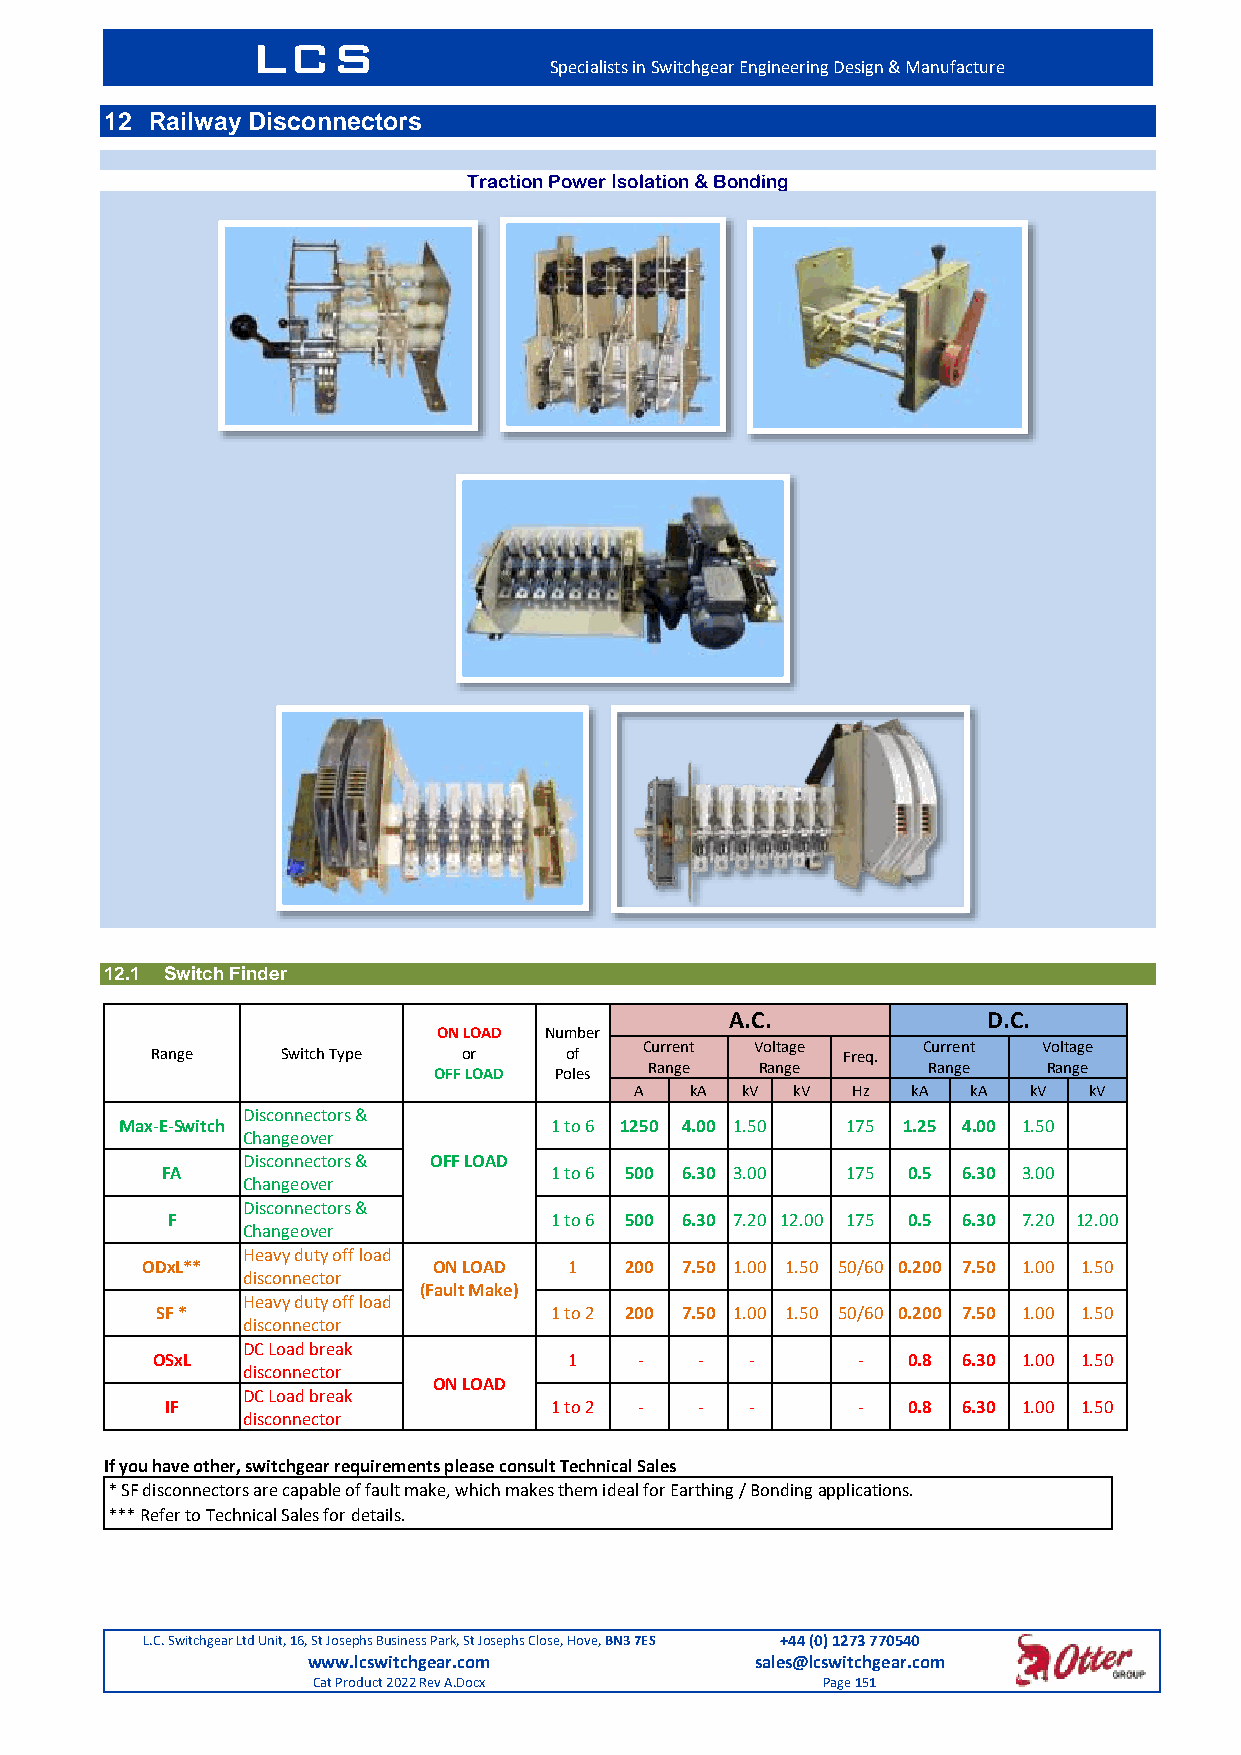
LCS
 Specialists in Switchgear Engineering Design & Manufacture
 12 Railway Disconnectors
 Traction Power Isolation & Bonding
 12.1 Switch Finder
 A.C.             D.C.
 ON LOAD Number
 Range    Switch Type or    of
 Current Voltage
 Freq.
 Current Voltage
 OFF LOAD Poles
 Range  Range      Range   Range
 A   kA kV kV  Hz  kA  kA  kV  kV
 Disconnectors &
 Max-E-Switch                1 to 6 1250 4.00 1.50 175 1.25 4.00 1.50
 Changeover
 Disconnectors & OFF LOAD
 FA                       1 to 6 500 6.30 3.00 175 0.5 6.30 3.00
 Changeover
 Disconnectors &
 F                        1 to 6 500 6.30 7.20 12.00 175 0.5 6.30 7.20 12.00
 Changeover
 Heavy duty off load
 ODxL**              ON LOAD  1  200 7.50 1.00 1.50 50/60 0.200 7.50 1.00 1.50
 disconnector
 (Fault Make)
 Heavy duty off load
 SF *                      1 to 2 200 7.50 1.00 1.50 50/60 0.200 7.50 1.00 1.50
 disconnector
 DC Load break
 OSxL                        1   -   -   -      -  0.8 6.30 1.00 1.50
 disconnector
 ON LOAD
 DC Load break
 IF                       1 to 2 -  -   -      -  0.8 6.30 1.00 1.50
 disconnector
 If you have other, switchgear requirements please consult Technical Sales
 * SF disconnectors are capable of fault make, which makes them ideal for Earthing / Bonding applications.
 *** Refer to Technical Sales for details.
 L.C. Switchgear Ltd Unit, 16, St Josephs Business Park, St Josephs Close, Hove, BN3 7ES +44 (0) 1273 770540
 www.lcswitchgear.com          sales@lcswitchgear.com
 Cat Product 2022 Rev A.Docx      Page 151